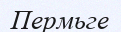
Пермьге